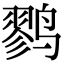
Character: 鹨